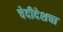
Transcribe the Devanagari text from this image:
चेदीदेशचा